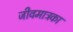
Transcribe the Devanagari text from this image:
जीवमात्रका